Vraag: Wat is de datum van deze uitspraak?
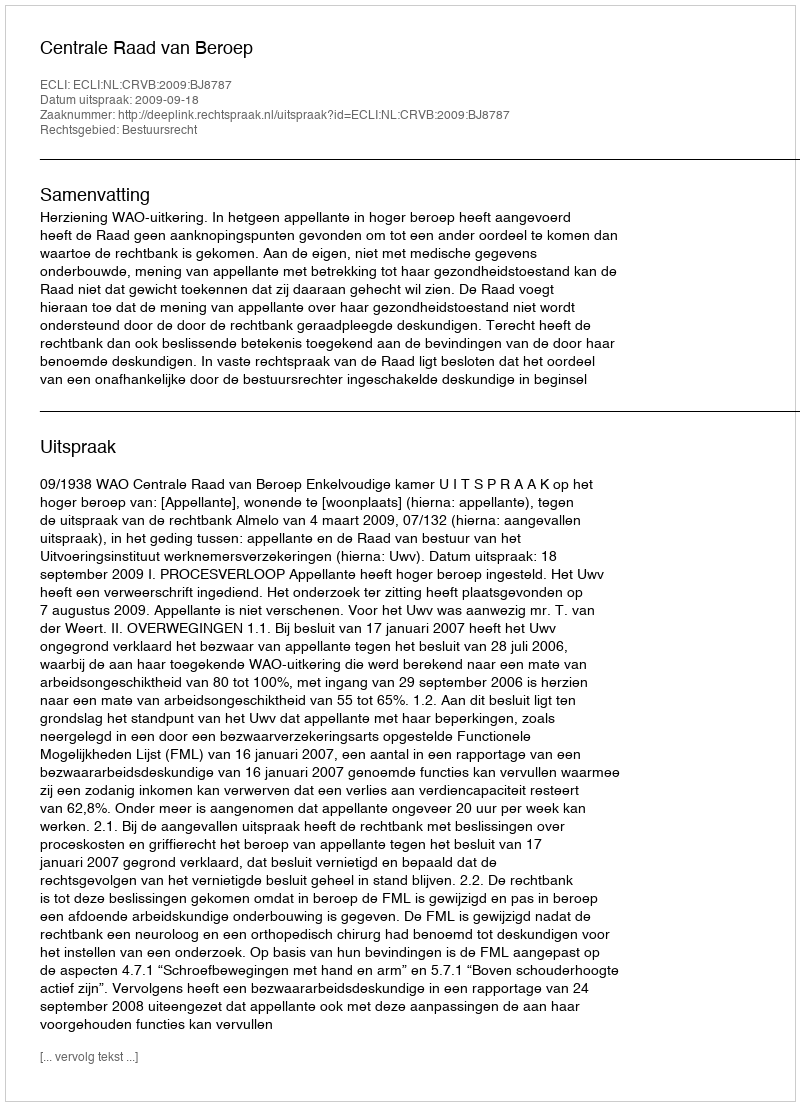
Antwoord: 2009-09-18